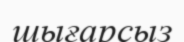
шығарсыз